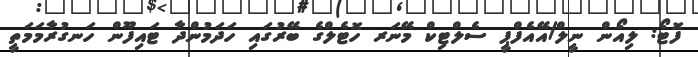
ފޮޓޯ: ލިއޯން ނީލް/އޭއެފްޕީ ސެލްޓިކް މޭނަރ ހޮޓެލްގެ ބޭރުގައި ހަދަމުންދާ ޓައިފޫން ހަނގުރާމަމަތީ